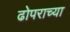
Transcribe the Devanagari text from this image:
ढोपराच्या